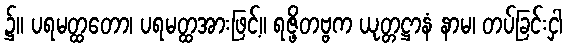
၌။ ပရမတ္ထတော၊ ပရမတ္ထအားဖြင့်။ ရဇ္ဖိတဗ္ဗက ယုတ္တဋ္ဌာနံ နာမ၊ တပ်ခြင်းငှါ